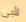
لأبى